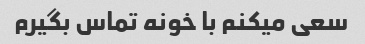
سعی میکنم با خونه تماس بگیرم